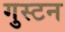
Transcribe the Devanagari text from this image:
गुस्टन